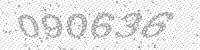
Solution: 090636